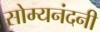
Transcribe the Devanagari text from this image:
सोम्यनंदनी